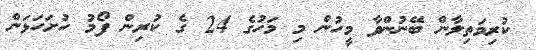
ކުރިމަތިލާން ބޭނުންވާ މީހުން މި މަހުގެ 24 ގެ ކުރިން ފޯމު ހުށަހަޅަން